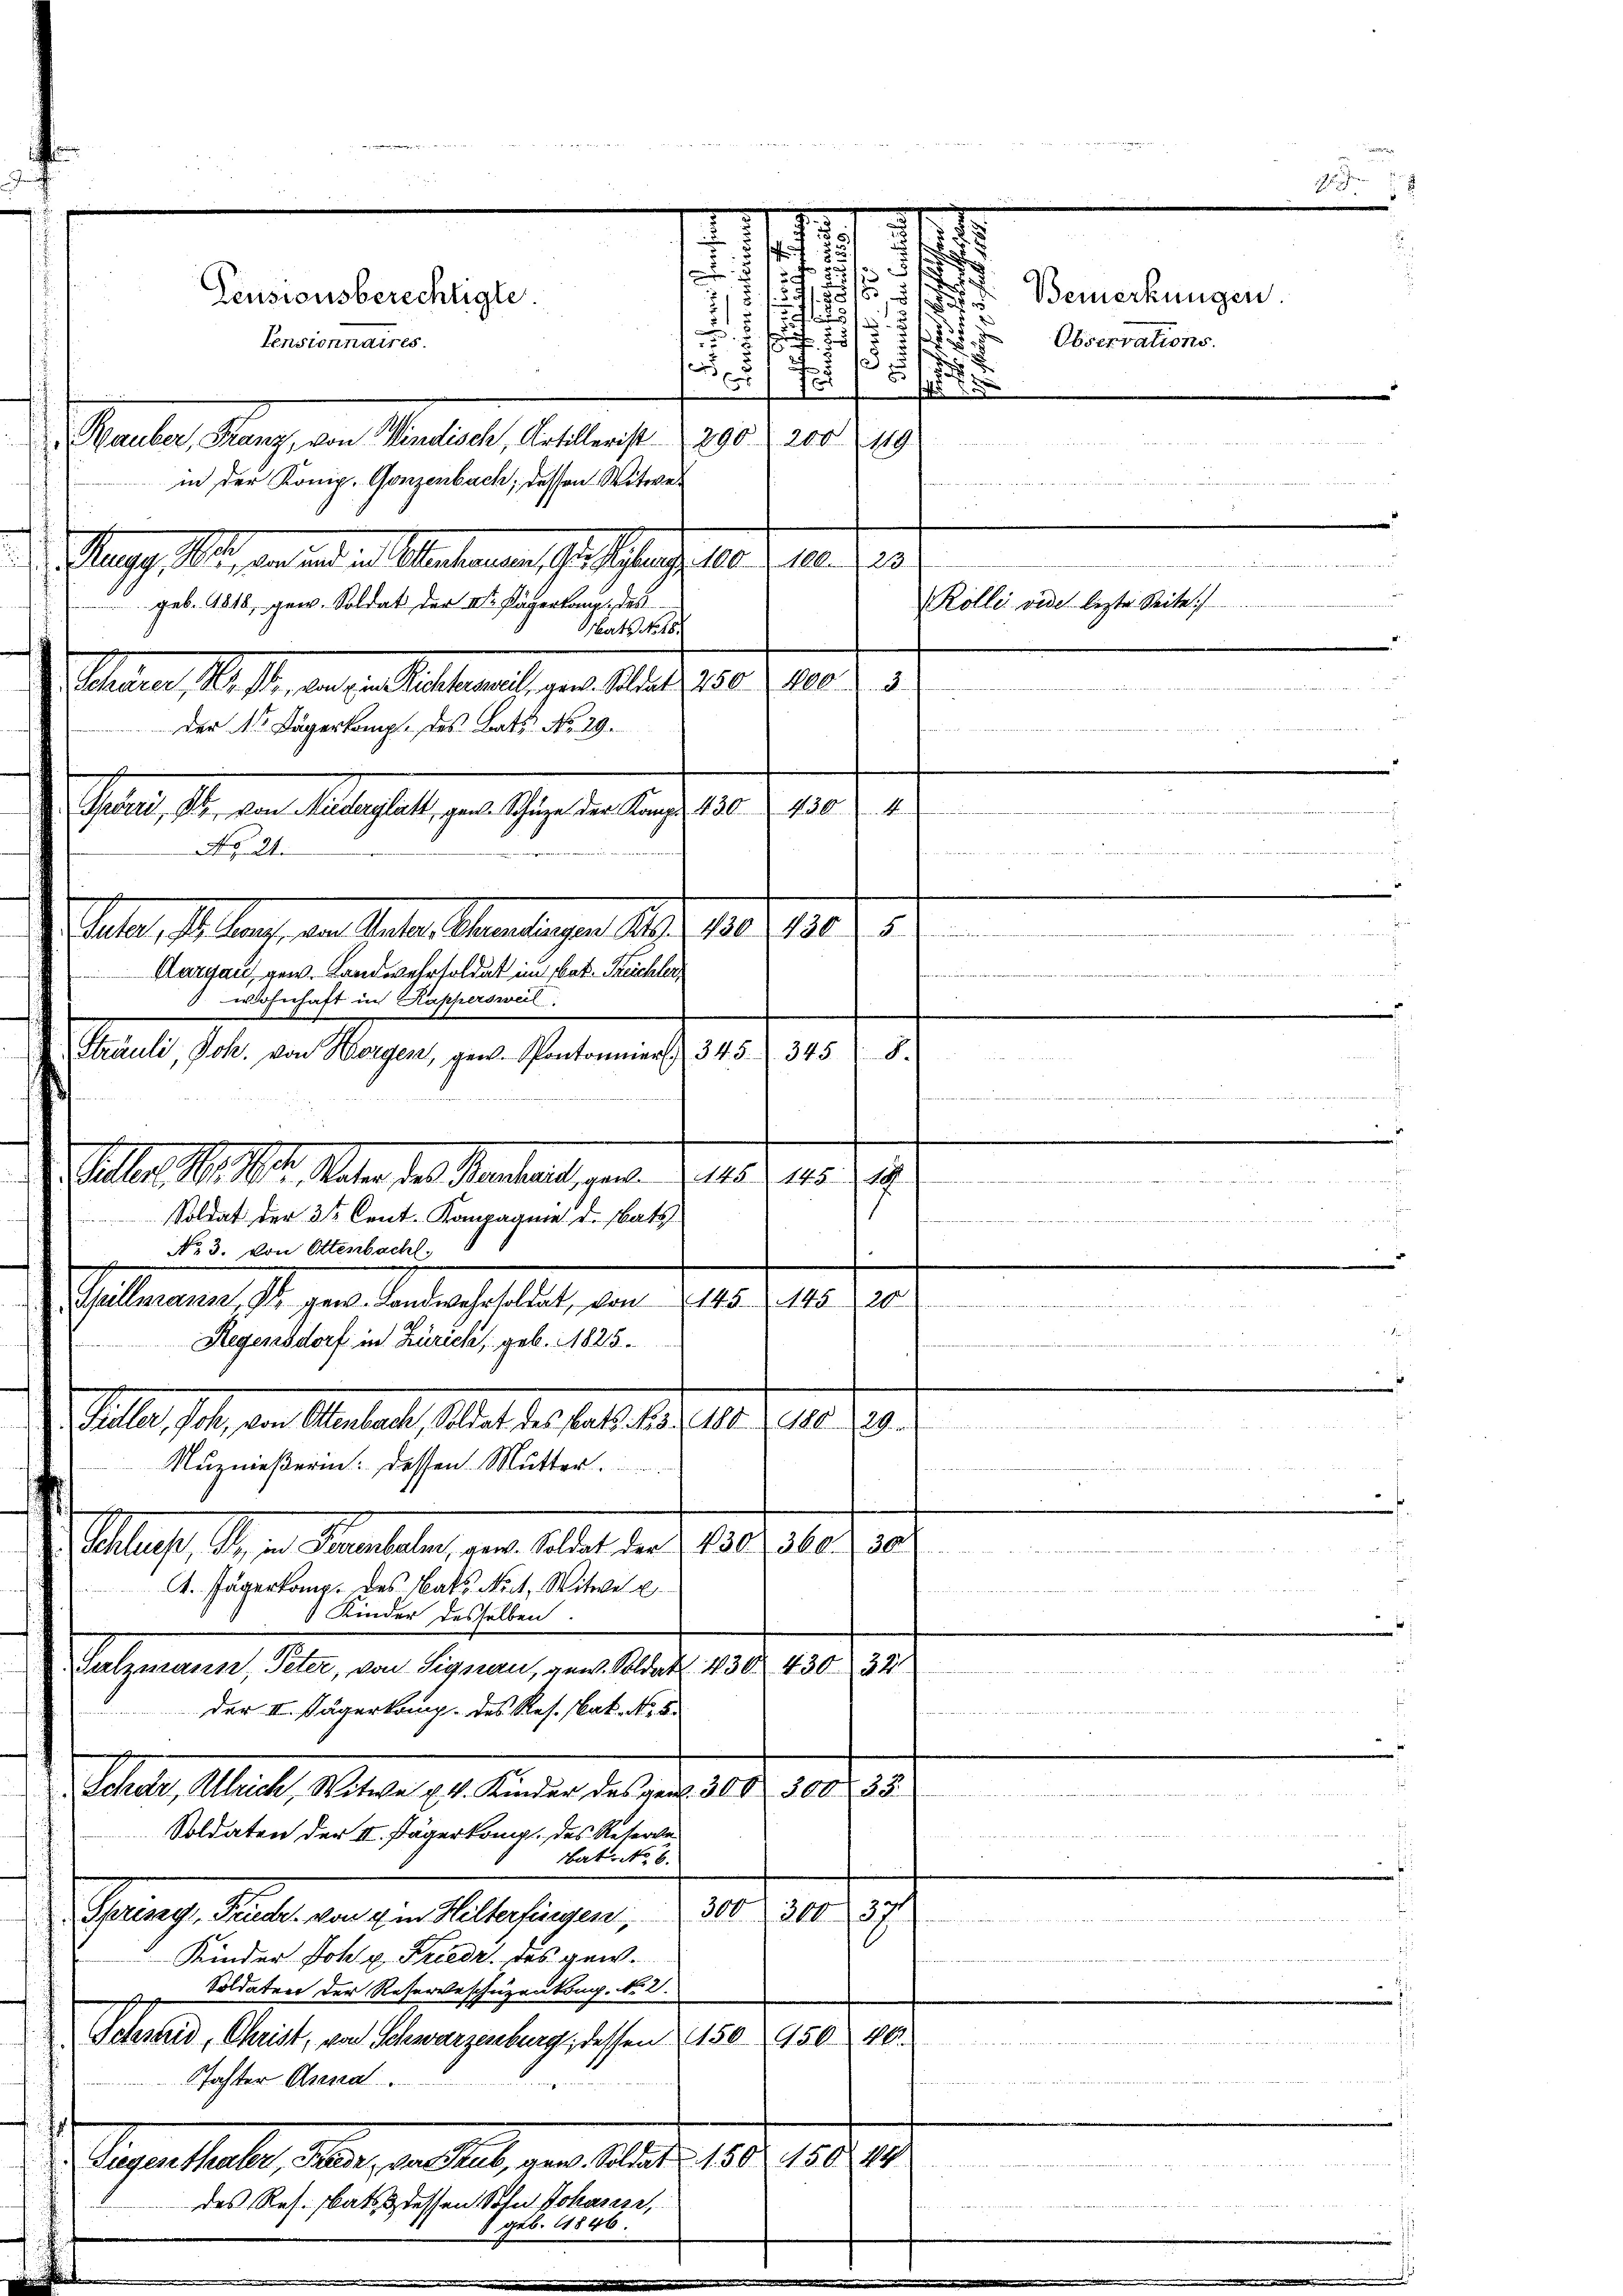
Mauber, Stanz, von Windisch, Artillerist 290. 200 (149
in der König. Gonzenbach, dessen Witwe

.
s
f
2
8
7
2
 85
.
.

der
J
Mag. Art, an und an Maternen, so schlach, als der an des
geb. 1818, gew. Soldat der V. Pägerlang des
Mats No 16.
Schiene, ist, den in Anstand, gern d. d. 150. 1082. 1
Salat, der ein allerhalt der Gegen aber 1802. 1803. 1
Veter, M. an, an Vater Sammlungen 1809. 180. 198. 5
Aurgau, gew. Landwehrtoldat im Nat. Kuchler,
wohnhaft in Kappersweil
Sträuli, Joh. von Horgen, gew. Pontoner 345. 345
ill. M. h. Mater der Mandant, von d. Mts. mit ei
Soldat der 3te Cent. Kompagnie d. Satz.
No 3. von Ottenbacht.
Sallement il per andesgeselbst, von 200. r. 10. z
Regensdorf in Zürich, geb. 1825.
Stall, hat, ein Anstalt, hat der Fall des 15. Januar 179.
arbeitet werde unte
Nuznießerin: dessen Mutter

Schließ, I., in Feuerbalen, gen. Soldat der 2. 430, 360. 302
A. Jägerlang des Rats Not. Mitwe
1 Kinder desselben.
Galzmann, Peter, von Signau, gew. Soldat 430 430
122
der III. Jägerkamp. des Res. Nat. No. 5.
Schar, Allrich, Witwe u. 4. Kinder des part. 300 300. 33.

Soldaten der II. Jägerkamp. des Reserve
bat. No 6.
300 f 300. 371
Perung, Soll an in Alterlangen,
Kinder Joh. u. Friedr des gew.
Soldaten der Reserveschüzenkong. No. 2.
f
Schmid, Christ, von Schwarzenburg, dessen 150 950 10
.
Pachter Anna
Departhabe, der, an hat, von Aller 180. 15000
des Res. bat dessen Sohn Johases,

8 geb. 1846.

Der Nr Dägerkomp. des Batt No. 29.
No 21.

Pensionsberechtigte.
Pensionnaires.

Wesen
en der in den werde
S.

.

.

1
d

n

e
Rolle vide lezte Seite)

Bemerkungen
Observations.

i dies unterschendert war sehen und damit vertretent der mich anderseit